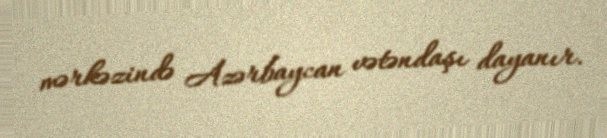
mərkəzində Azərbaycan vətəndaşı dayanır.